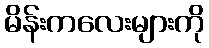
မိန်းကလေးများကို